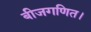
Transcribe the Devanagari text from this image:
बीजगणित।